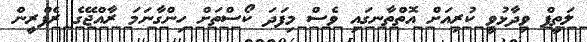
ލަތީފް ވިދާޅުވީ ކުރިއަށް އޮތްތާނގައި ވެސް މިފަދަ ކޯސްތަށް ހިންގާނަމަ ރާއްޖޭގެ ރެފްރީން